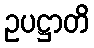
ဥပဋ္ဌာတိ